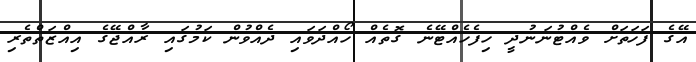
އޭގެ ފަހަތަށް ވެއްޓުނަނުދީ ހިފެހެއްޓޭނެ ގޮތެއް ހޯއްދަވައި ދެއްވުން ކަމުގައި ރާއްޖޭގެ އިއްޒަތްތެރި